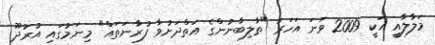
މަލާލާއީ އަކީ 2009 ވަނަ އަހަރު "ތާލިބާނުންގެ އަތްދަށުވާ ފުރާނަތައް" މިނަމުގައި އުރުދޫ